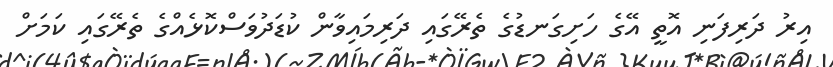
އިރު ދަރިފަނި އޮތީ އޭގެ ހަށިގަނޑުގެ ތެރޭގައި ދަރިމައިވާން ކުޑަދުވަސްކޮޅެއްގެ ތެރޭގައި ކަމަށް